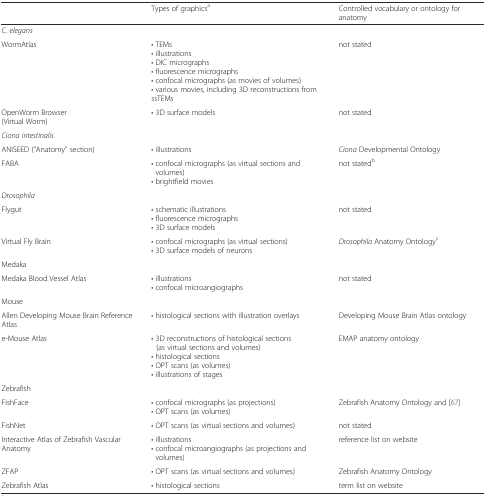
<table><thead><tr><td></td><td><b>Types of graphics<sup>a</sup></b></td><td><b>Controlled vocabulary or ontology for anatomy</b></td></tr></thead><tbody><tr><td colspan="3"><i>C. elegans</i></td></tr><tr><td>WormAtlas</td><td>• TEMs• illustrations• DIC micrographs• fluorescence micrographs• confocal micrographs (as movies of volumes)• various movies, including 3D reconstructions from ssTEMs</td><td>not stated</td></tr><tr><td>OpenWorm Browser(Virtual Worm)</td><td>• 3D surface models</td><td>not stated</td></tr><tr><td colspan="3"><i>Ciona intestinalis</i></td></tr><tr><td>ANISEED (“Anatomy” section)</td><td>• illustrations</td><td><i>Ciona</i> Developmental Ontology</td></tr><tr><td>FABA</td><td>• confocal micrographs (as virtual sections and volumes)• brightfield movies</td><td>not stated<sup>b</sup></td></tr><tr><td colspan="3"><i>Drosophila</i></td></tr><tr><td>Flygut</td><td>• schematic illustrations• fluorescence micrographs• 3D surface models</td><td>not stated</td></tr><tr><td>Virtual Fly Brain</td><td>• confocal micrographs (as virtual sections)• 3D surface models of neurons</td><td><i>Drosophila</i> Anatomy Ontology<sup>c</sup></td></tr><tr><td colspan="3">Medaka</td></tr><tr><td>Medaka Blood Vessel Atlas</td><td>• illustrations• confocal microangiographs</td><td>not stated</td></tr><tr><td colspan="3">Mouse</td></tr><tr><td>Allen Developing Mouse Brain Reference Atlas</td><td>• histological sections with illustration overlays</td><td>Developing Mouse Brain Atlas ontology</td></tr><tr><td>e-Mouse Atlas</td><td>• 3D reconstructions of histological sections (as virtual sections and volumes)• histological sections• OPT scans (as volumes)• illustrations of stages</td><td>EMAP anatomy ontology</td></tr><tr><td colspan="3">Zebrafish</td></tr><tr><td>FishFace</td><td>• confocal micrographs (as projections)• OPT scans (as volumes)</td><td>Zebrafish Anatomy Ontology and [67]</td></tr><tr><td>FishNet</td><td>• OPT scans (as virtual sections and volumes)</td><td>not stated</td></tr><tr><td>Interactive Atlas of Zebrafish Vascular Anatomy</td><td>• illustrations• confocal microangiographs (as projections and volumes)</td><td>reference list on website</td></tr><tr><td>ZFAP</td><td>• OPT scans (as virtual sections and volumes)</td><td>Zebrafish Anatomy Ontology</td></tr><tr><td>Zebrafish Atlas</td><td>• histological sections</td><td>term list on website</td></tr></tbody></table>